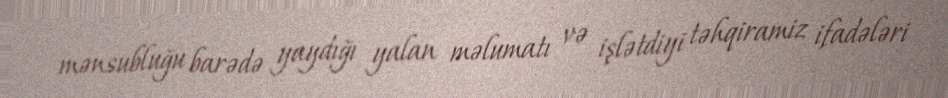
mənsubluğu barədə yaydığı yalan məlumatı və işlətdiyi təhqiramiz ifadələri